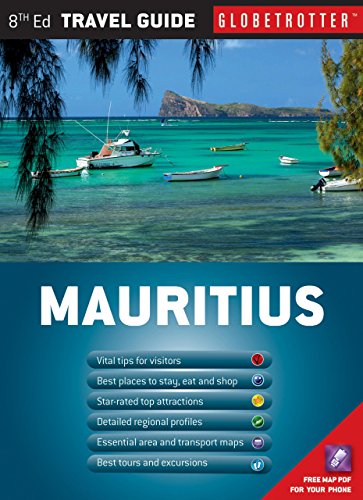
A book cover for Mauritius Travel Pack (Globetrotter Travel Packs); Martine Maurel; Travel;